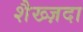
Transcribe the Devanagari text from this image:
शैख्ज़दा